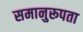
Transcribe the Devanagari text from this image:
समानुरूपता